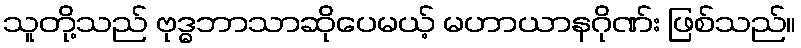
သူတို့သည် ဗုဒ္ဓဘာသာဆိုပေမယ့် မဟာယာနဂိုဏ်း ဖြစ်သည်။